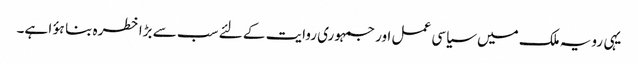
یہی رویہ ملک میں سیاسی عمل اور جمہوری روایت کے لئے سب سے بڑا خطرہ بنا ہؤا ہے۔